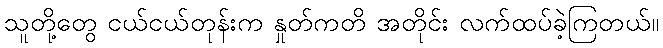
သူတို့တွေ ငယ်ငယ်တုန်းက နှုတ်ကတိ အတိုင်း လက်ထပ်ခဲ့ကြတယ်။